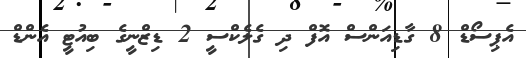
އެޕިސޯޑް 8 ގާޑިއަންސް އޮފް ދި ގެލެކްސީ 2 ޑިޒްނީގެ ބިއުޓީ އެންޑް